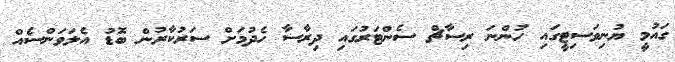
ގައުމީ ޔުނިވަސިޓީގައި ހުންނަ ރިސާޗް ސެންޓަރުގައި ދިރާސާ ހެދުމަށް ސަރުކާރުން ބޮޑު އެލަވަންސެއް